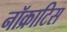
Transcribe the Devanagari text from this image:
नॉक्राटिस